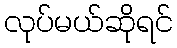
လုပ်မယ်ဆိုရင်